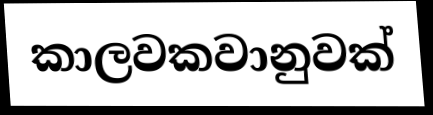
කාලවකවානුවක්